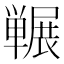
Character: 冁